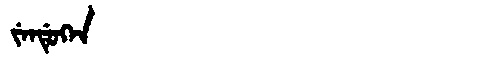
Manchu: ᠵᡝᠨᡩᡠᡴᡝᠨ
Romanization: JENDUKEN